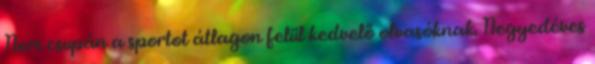
Nem csupán a sportot átlagon felül kedvelő olvasóknak. Negyedéves